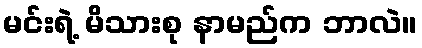
မင်းရဲ့ မိသားစု နာမည်က ဘာလဲ။